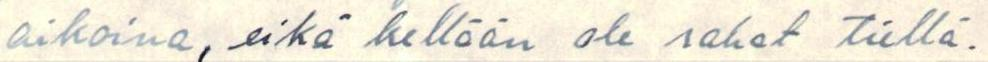
aikoina, eikä kellään ole rahat tiellä.